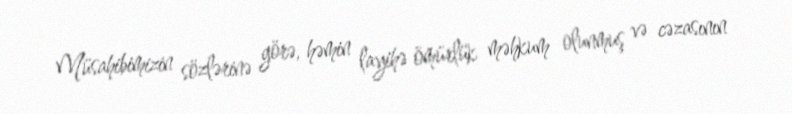
Müsahibimizin sözlərinə görə, həmin layihə ömürlük məhkum olunmuş və cəzasının